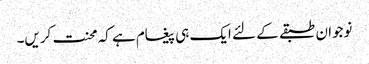
نوجوان طبقے کے لئے ایک ہی پیغام ہے کہ محنت کریں۔